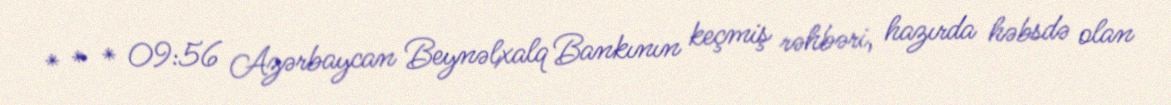
* * * 09:56 Azərbaycan Beynəlxalq Bankının keçmiş rəhbəri, hazırda həbsdə olan